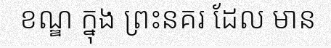
ខណ្ឌ ក្នុង ព្រះនគរ ដែល មាន